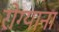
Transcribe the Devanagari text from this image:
रोग्याना